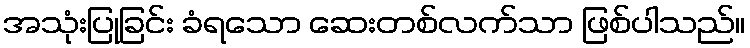
အသုံးပြုခြင်း ခံရသော ဆေးတစ်လက်သာ ဖြစ်ပါသည်။